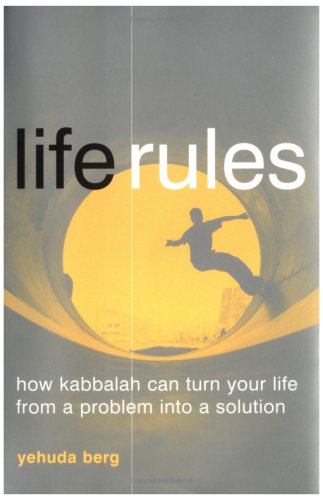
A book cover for Life Rules; Yehuda Berg; Teen & Young Adult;